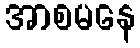
အာစမနေ